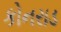
કોનરાડ